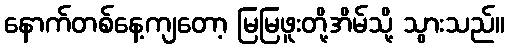
နောက်တစ်နေ့ကျတော့ မြမြဖူးတို့အိမ်သို့ သွားသည်။